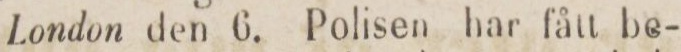
London den 6. Polisen har fått be-